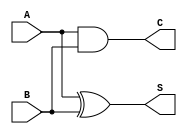
module half_adder(
    input A,
    input B,
    output S,
    output C
);

assign S = A ^ B; // XOR operation to calculate sum
assign C = A & B; // AND operation to calculate carry

endmodule